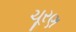
ચૂરણ